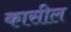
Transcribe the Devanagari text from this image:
कासील